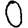
Digit: 0